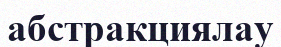
абстракциялау